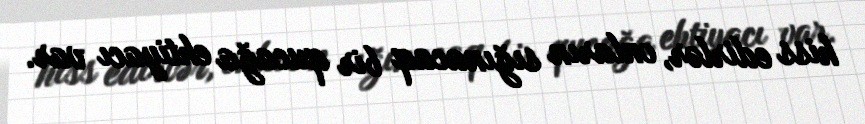
hiss edirlər, onların sığınacaq bir qucağa ehtiyacı var.